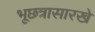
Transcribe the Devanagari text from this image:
भूछत्रासारखे